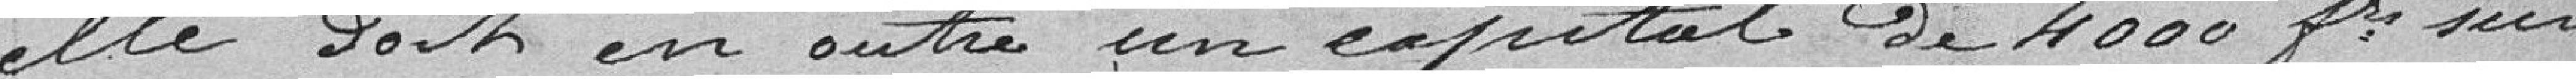
elle doit en outre un capital de 4000 francs sur